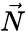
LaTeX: \vec{N}